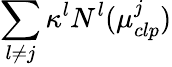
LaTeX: \sum_{l\neq j}\kappa^{l}N^{l}(\mu_{clp}^{j})